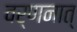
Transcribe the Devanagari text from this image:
वर्णनात्